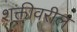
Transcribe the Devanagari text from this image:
शक्तीवरील